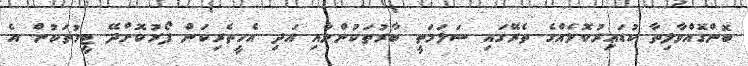
ބޮންގޮއްވާލިތާ ކުޑައިރުކޮޅެއްގެ ތެރޭގައި ސަލަމަތީ ބާރުތަކުންނާއި އަދި އެހީތެރިކަން ފޯރުކޮށްދޭ ޓީމުތަކުން އެ